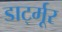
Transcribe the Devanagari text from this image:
डार्ट्मूर